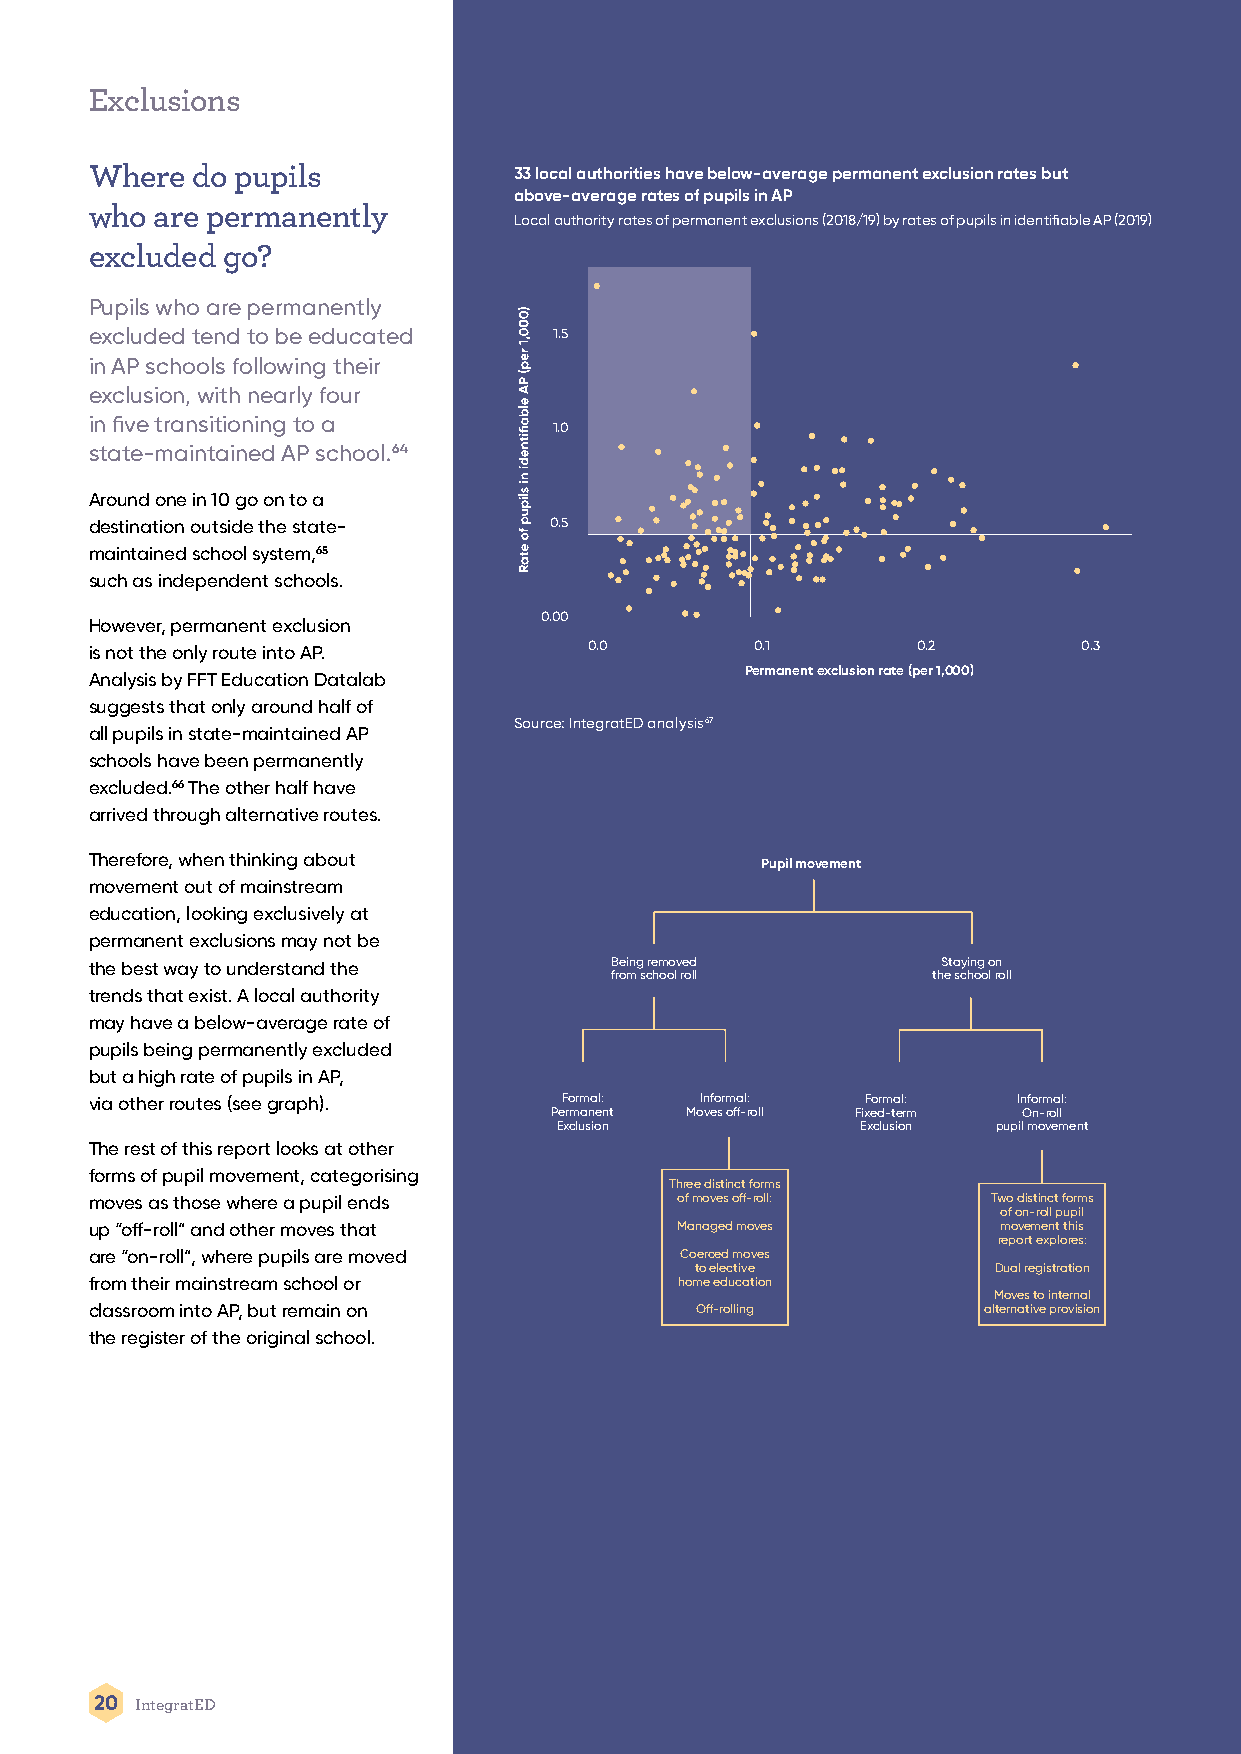
Exclusions
 Where  do pupils            33 local authorities have below-average permanent exclusion rates but
 above-average rates of pupils in AP
 who are permanently
 Local authority rates of permanent exclusions (2018/19) by rates of pupils in identifiable AP (2019)
 excluded go?
 Pupils who are permanently
 excluded tend to be educated   1.5
 in AP schools following their
 exclusion, with nearly four
 in five transitioning to a
 1.0
 state-maintained AP school.64
 Around one in 10 go on to a
 destination outside the state- 0.5
 maintained school system,65
 such as independent schools.
 0.00
 However, permanent exclusion
 is not the only route into AP.   0.0        0.1        0.2        0.3
 Permanent exclusion rate (per 1,000)
 Analysis by FFT Education Datalab
 suggests that only around half of
 Source: IntegratED analysis67
 all pupils in state-maintained AP
 schools have been permanently
 excluded.66 The other half have
 arrived through alternative routes.
 Therefore, when thinking about
 Pupil movement
 movement out of mainstream
 education, looking exclusively at
 permanent exclusions may not be
 the best way to understand the    Being removed         Staying on
 from school roll      the school roll
 trends that exist. A local authority
 may have a below-average rate of
 pupils being permanently excluded
 but a high rate of pupils in AP,
 via other routes (see graph).  Formal:  Informal:  Formal:   Informal:
 Permanent Moves off-roll Fixed-term On-roll
 Exclusion           Exclusion pupil movement
 The rest of this report looks at other
 forms of pupil movement, categorising
 Three distinct forms
 moves as those where a pupil ends      of moves off-roll:   Two distinct forms
 of on-roll pupil
 up “off-roll” and other moves that     Managed moves        movement this
 report explores:
 are “on-roll”, where pupils are moved  Coerced moves
 to elective         Dual registration
 from their mainstream school or        home education
 Moves to internal
 classroom into AP, but remain on        Off-rolling        alternative provision
 the register of the original school.
 20 IntegratED